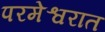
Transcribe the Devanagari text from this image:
परमेश्वरात